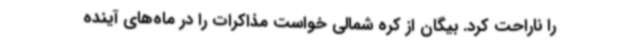
را ناراحت کرد. بیگان از کره شمالی خواست مذاکرات را در ماه‌های آینده